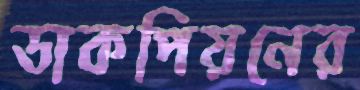
ডাকপিয়নের